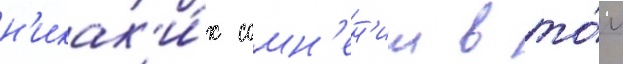
н'икак'и́х сомн'ен'ии в то́м